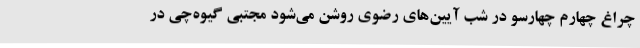
چراغ چهارم چهارسو در شب آیین‌های رضوی روشن می‌شود مجتبی گیوه‌چی در